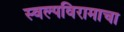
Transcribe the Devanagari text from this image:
स्वल्पविरामाचा